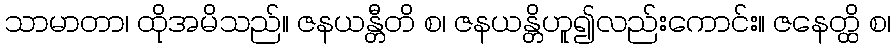
သာမာတာ၊ ထိုအမိသည်။ ဇနယန္တီတိ စ၊ ဇနယန္တိဟူ၍လည်းကောင်း။ ဇနေတ္ထိ စ၊